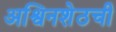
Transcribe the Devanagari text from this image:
अश्विनशेठची